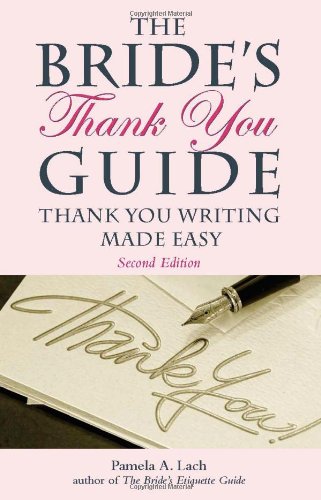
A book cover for The Bride's Thank You Guide: Thank You Writing Made Easy; Pamela A. Lach; Crafts, Hobbies & Home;